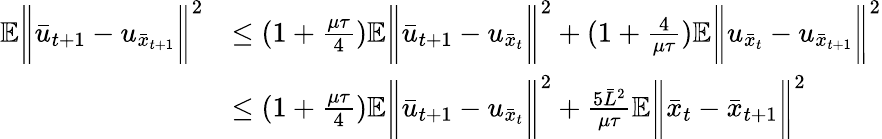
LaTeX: \begin{array}{rl}{\mathbb{E}\bigg\| \bar{u}_{t+1}-u_{\bar{x}_{t+1}}\bigg\| ^{2}}&{\leq(1+\frac{\mu\tau}{4})\mathbb{E}\bigg\| \bar{u}_{t+1}-u_{\bar{x}_{t}}\bigg\| ^{2}+(1+\frac{4}{\mu\tau})\mathbb{E}\bigg\| u_{\bar{x}_{t}}-u_{\bar{x}_{t+1}}\bigg\| ^{2}}\\ &{\leq(1+\frac{\mu\tau}{4})\mathbb{E}\bigg\| \bar{u}_{t+1}-u_{\bar{x}_{t}}\bigg\| ^{2}+\frac{5\bar{L}^{2}}{\mu\tau}\mathbb{E}\bigg\| \bar{x}_{t}-\bar{x}_{t+1}\bigg\| ^{2}}\end{array}